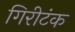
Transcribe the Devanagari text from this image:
गिरीटंक